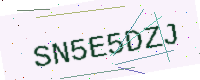
Text: SN5E5DZJ